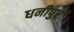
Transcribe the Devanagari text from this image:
धनीपुर